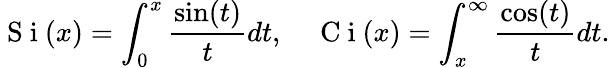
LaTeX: \mathrm{~S~i~}(x)=\int_{0}^{x}\frac{\sin(t)}{t}dt,\quad\mathrm{~C~i~}(x)=\int_{x}^{\infty}\frac{\cos(t)}{t}dt.